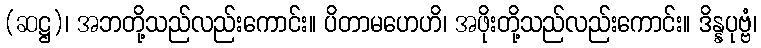
(ဆဋ္ဌ)၊ အဘတို့သည်လည်းကောင်း။ ပိတာမဟေဟိ၊ အဖိုးတို့သည်လည်းကောင်း။ ဒိန္နပုဗ္ဗံ၊